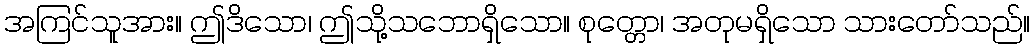
အကြင်သူအား။ ဤဒိသော၊ ဤသို့သဘောရှိသော။ စုတ္တော၊ အတုမရှိသော သားတော်သည်။